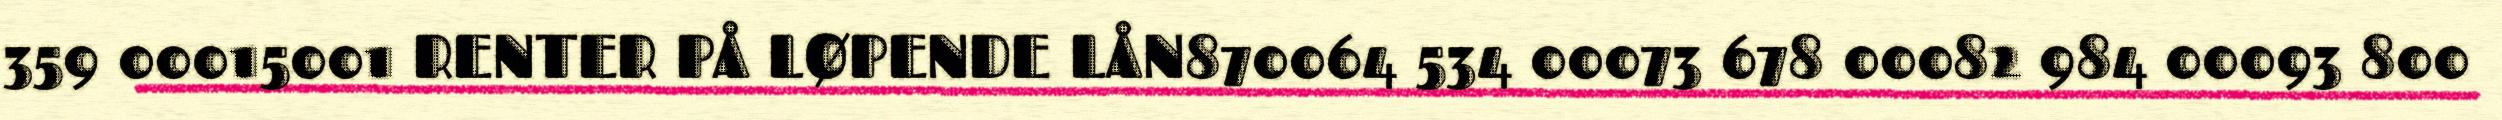
359 00015001 RENTER PÅ LØPENDE LÅN870064 534 00073 678 00082 984 00093 800